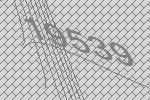
19539